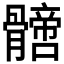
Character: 𩪙